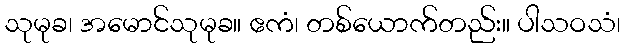
သုမုခ၊ အမောင်သုမုခ။ ဧကံ၊ တစ်ယောက်တည်း။ ပါသဝသံ၊